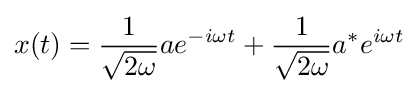
x(t)={\frac {1}{\sqrt {2\omega }}}ae^{-i\omega t}+{\frac {1}{\sqrt {2\omega }}}a^{*}e^{i\omega t}